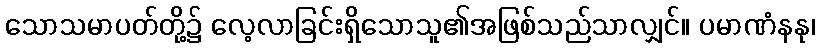
သောသမာပတ်တို့၌ လေ့လာခြင်းရှိသောသူ၏အဖြစ်သည်သာလျှင်။ ပမာဏံနနု၊